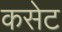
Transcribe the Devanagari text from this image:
कसेट